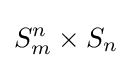
S_{m}^{n}\times S_{n}